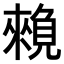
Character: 𧡽